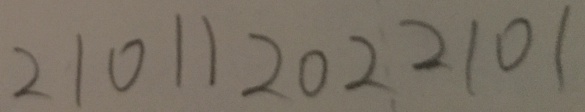
2 1 0 1 1 2 0 2 2 1 0 1